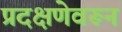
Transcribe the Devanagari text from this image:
प्रदक्षणेवरून